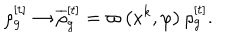
\rho _ { g } ^ { [ t ] } \rightarrow \overline { { { \rho } } } _ { g } ^ { [ t ] } = \varpi \left( x ^ { k } , \varphi \right) \rho _ { g } ^ { [ t ] } .